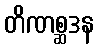
တိဏစ္ဆဒန